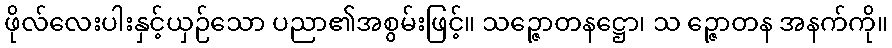
ဖိုလ်လေးပါးနှင့်ယှဉ်သော ပညာ၏အစွမ်းဖြင့်။ သဉ္ဇောတနဋ္ဌော၊ သ ဉ္ဇောတန အနက်ကို။